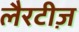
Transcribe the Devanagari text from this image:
लैरटीज़